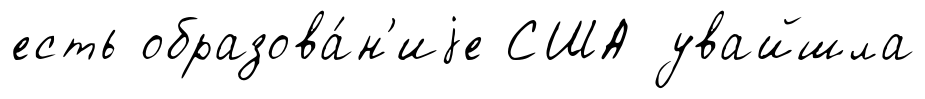
есть образова́н'иjе США увайшла